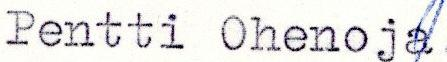
Pentti Ohenoja